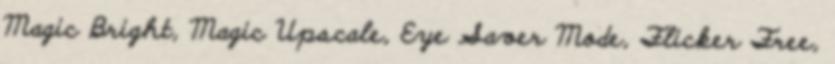
Magic Bright, Magic Upscale, Eye Saver Mode, Flicker Free,